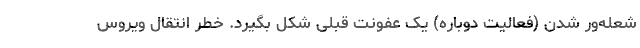
شعله‌ور شدن (فعالیت دوباره) یک عفونت قبلی شکل بگیرد. خطر انتقال ویروس